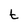
Character: t